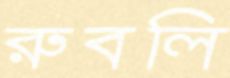
রুবলি